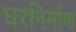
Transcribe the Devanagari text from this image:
घरनिर्माण